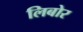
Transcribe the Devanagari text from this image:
लिबोर